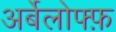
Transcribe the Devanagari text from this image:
अर्बेलोफ्फ़